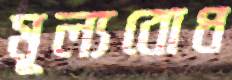
মূল্যবোধ